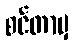
စင်တာမှ